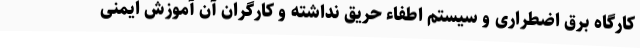
کارگاه برق اضطراری و سیستم اطفاء حریق نداشته و کارگران آن آموزش ایمنی